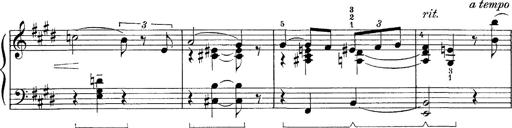
Title: FÃ¼nf KlavierstÃ¼cke
Composer: Franz Liszt